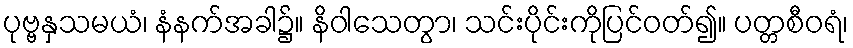
ပုဗ္ဗနှသမယံ၊ နံနက်အခါ၌။ နိဝါသေတွာ၊ သင်းပိုင်းကိုပြင်ဝတ်၍။ ပတ္တစီဝရံ၊